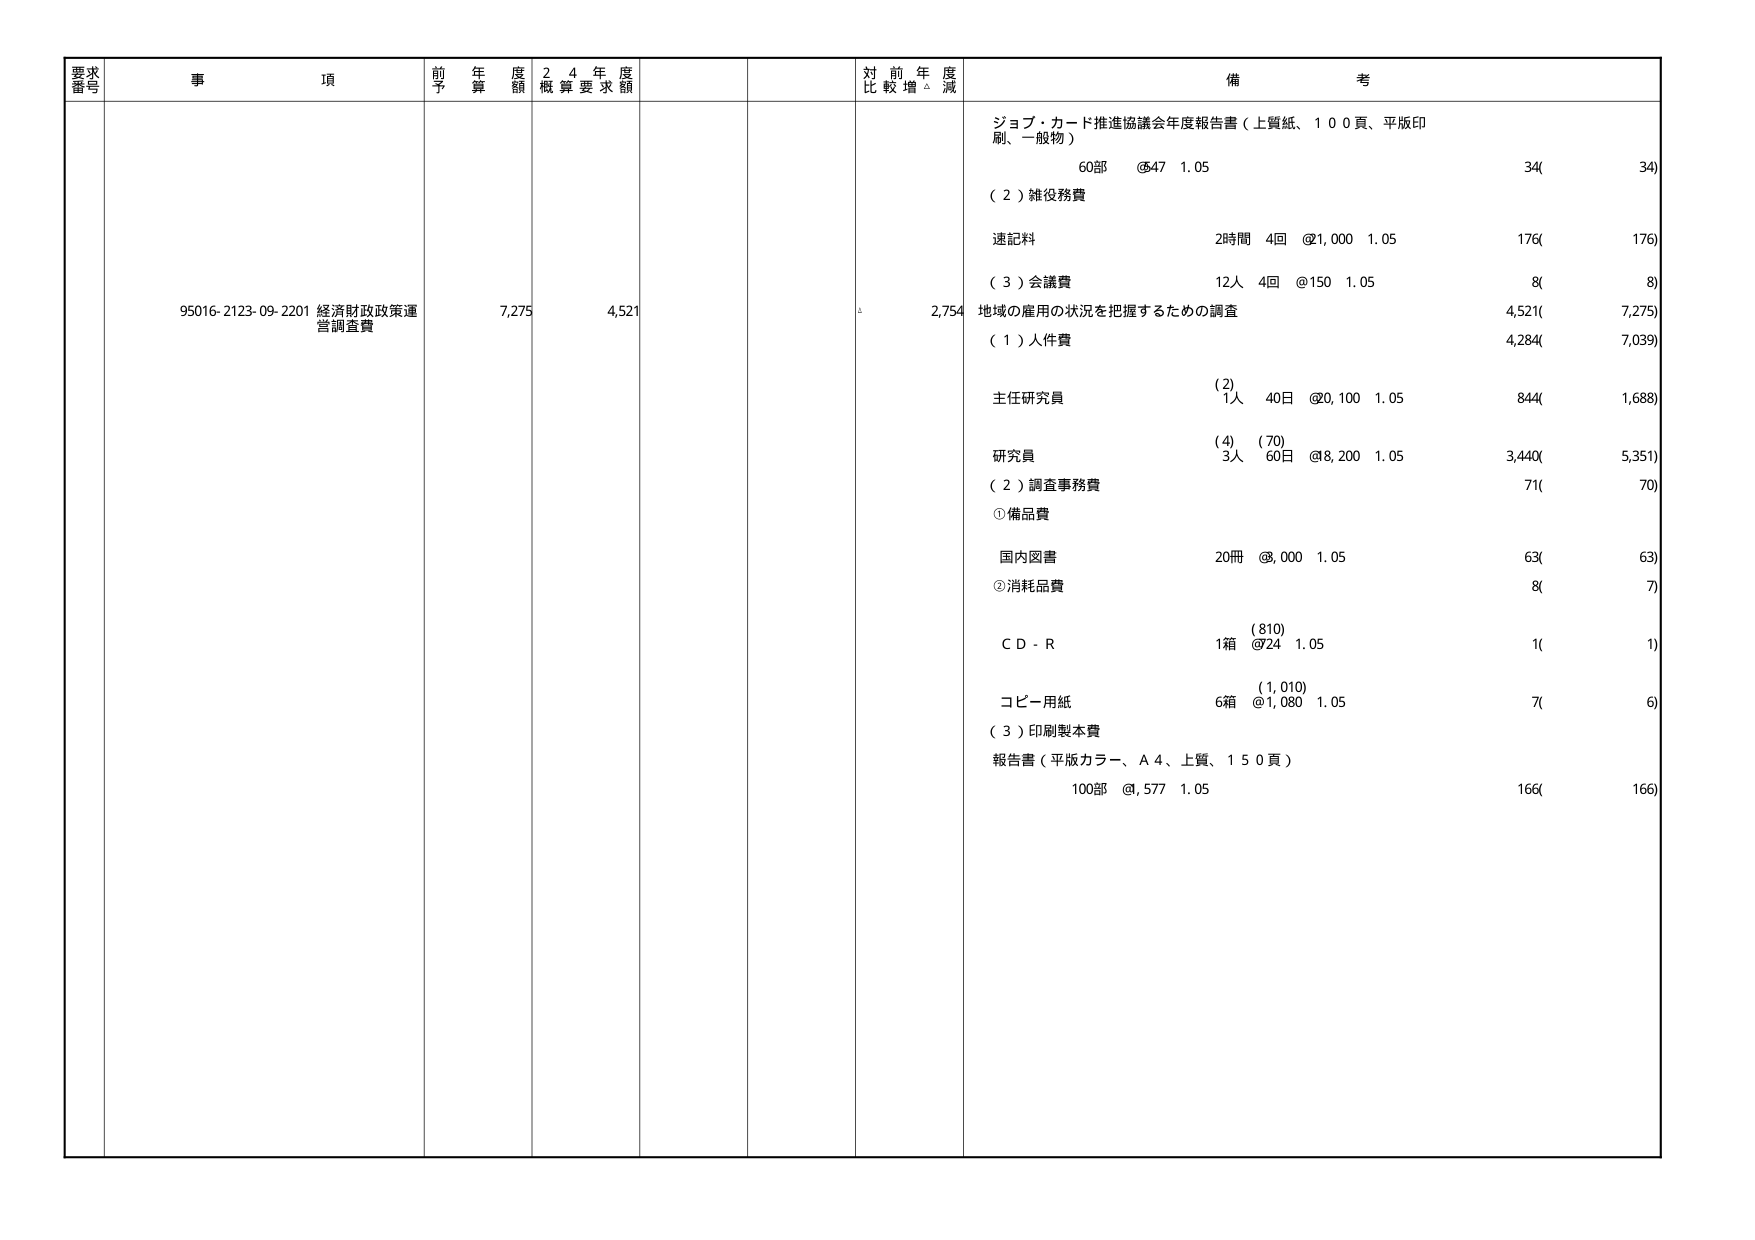
要求番号
事項
前年度予算額
24年度概算要求額
対前年度比較増△減
備考
95016-2123-09-2201 経済財政政策運営調査費
7,275
4,521
2,754
ジョブ・カード推進協議会年度報告書（上質紙、100頁、平版印刷、一般物）
60部 @47 1.05
34( 34)
（2）雑役務費
速記料
2時間 4回 @1,000 1.05
176( 176)
（3）会議費
12人 4回 @150 1.05
8( 8)
地域の雇用の状況を把握するための調査
4,521( 7,275)
（1）人件費
4,284( 7,039)
主任研究員
(2)
1人 40日 @20,100 1.05
844( 1,688)
研究員
(4) (70)
3人 60日 @8,200 1.05
3,440( 5,351)
（2）調査事務費
71( 70)
①備品費
国内図書
20冊 @3,000 1.05
63( 63)
②消耗品費
8( 7)
(810)
ＣＤ－Ｒ
1箱 @724 1.05
1( 1)
(1,010)
コピー用紙
6箱 @1,080 1.05
7( 6)
（3）印刷製本費
報告書（平版カラー、Ａ４、上質、150頁）
100部 @,577 1.05
166( 166)